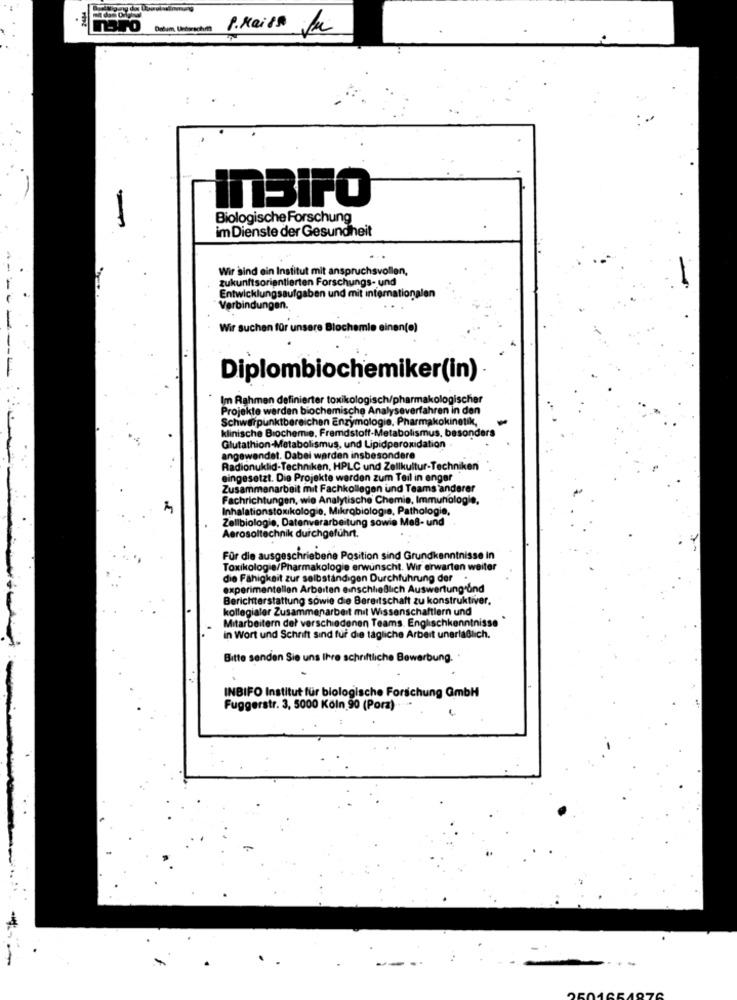
P.Rails
insiro
Biologische Forschung
im Dienste der Gesundheit
Wir sind ein Institut mit anspruchsvollen,
zukunftsorientierten Forschungs- und
---
Entwicklungsaufgaben und mit internationalen
Verbindungen.
-
Wir suchen für unsere Bloch
in(e)
Diplombiochemiker(in)
Im Rahmen definierter toxikologisch/ph
nakologischer
Projekte werden biochemische Analyseverfahren in den
Schwerpunktbereichen Enzymologie, Pharmakokinetik,
klinische Biochemie, Fremdstoff-Metabolismus, besonders
Glutathion-Metabolismus, und Lipidperoxidation
angewendet. Dabei werden insbesondere
Radionuklid-Techniken, HPLC und Zellkultur-Techniken
eingesetzt. Die Projekte werden zum Teil in enger
Zusammenarbeit mit Fachkollegen und Teams anderer
Fachrichtungen, wie Analytische Chemie, Immunologie,
Inhalationstoxikologie, Mikrobiologie, Pathologie,
Zellbiologie, Datenverarbeitung sowie Maß- und
Aerosoltechnik durchgeführt.
Für die ausgeschriebene Position sind Grundkenntnisse in
Toxikologie/Pharmakologie erwünscht. Wir erwarten weiter
die Fähigkeit zur selbständigen Durchführung der
experimentellen Arbeiten einschließlich Auswertung und
Berichterstattung sowie die Bereitschaft zu konstruktiver.
kollegialer Zusammenarbeit mit Wissenschaftlern und
Mitarbeitern del verschiedenen Teams. Englischkenntnisse
in Wort und Schrift sind fur die tägliche Arbeit unerlaßlich.
Bitte senden Sie uns Ihre schriftliche Bewerbung.
INBIFO Institut für biologische Forschung GmbH
Fuggerstr. 3, 5000 Köln 90 (Porz)